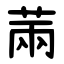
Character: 䓣